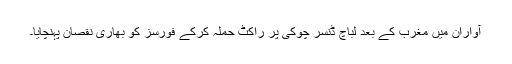
آواران میں مغرب کے بعد لباچ ڈنسر چوکی پر راکٹ حملہ کرکے فورسز کو بھاری نقصان پہنچایا۔